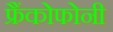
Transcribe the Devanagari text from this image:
फ्रैंकोफोनी